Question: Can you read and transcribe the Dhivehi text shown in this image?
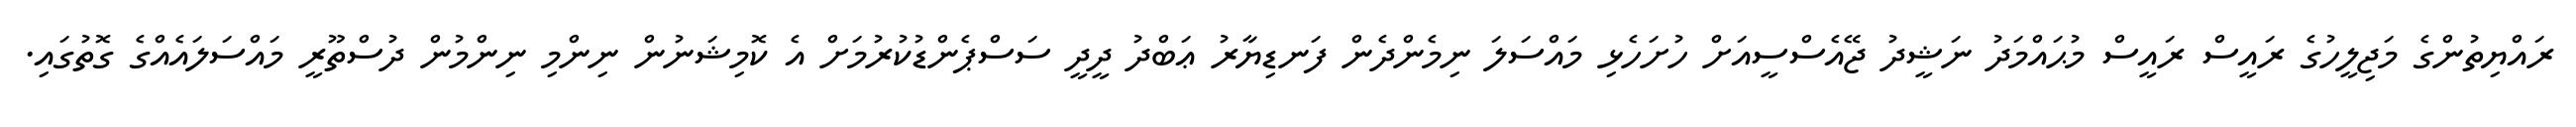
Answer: ރައްޔިތުންގެ މަޖިލީހުގެ ރައީސް ރައީސް މުޙައްމަދު ނަޝީދު ޖޭއެސްސީއަށް ހުށަހެޅި މައްސަލަ ނިމެންދެން ފަނޑިޔާރު ޢަބްދު ދީދީ ސަސްޕެންޑުކުރުމަށް އެ ކޮމިޝަނުން ނިންމި ނިންމުން ދުސްތޫރީ މައްސަލައެއްގެ ގޮތުގައި.